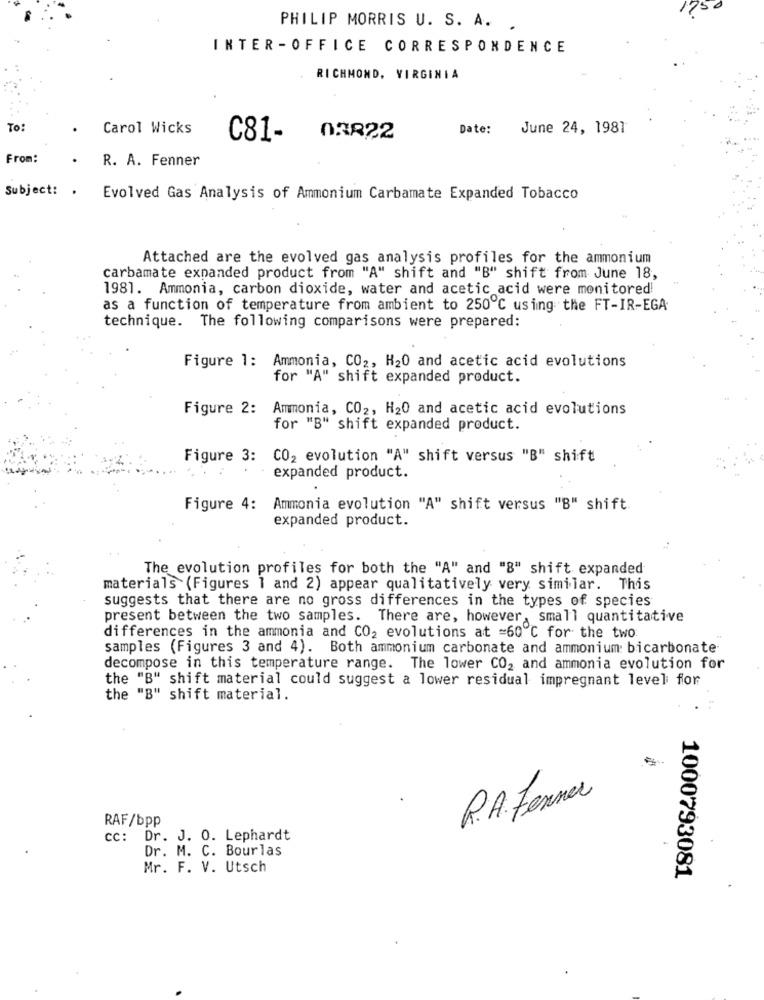
PHILIP MORRIS U. S. A. .
INTER -OFFICE CORRESPONDENCE
RICHMOND, VIRGINIA
To:
Carol Wicks
Date:
June 24, 1981
C81-
03822
From:
R. A. Fenner
Subject: .
Evolved Gas Analysis of Ammonium Carbamate Expanded Tobacco
Attached are the evolved gas analysis profiles for the ammonium
carbamate expanded product from "A" shift and "B" shift from June 18,
1981. Ammonia, carbon dioxide, water and acetic acid were monitored!
as a function of temperature from ambient to 250℃ using the FT-IR-EGA
technique. The following comparisons were prepared:
Figure 1: Ammonia, CO2, H20 and acetic acid evolutions
for "A" shift expanded product.
Figure 2:
Ammonia, CO2, H20 and acetic acid evolutions
for "B" shift expanded product.
Figure 3: CO2 evolution "A" shift versus "B" shift
expanded product.
Figure 4: Ammonia evolution "A" shift versus "B" shift
expanded product.
The evolution profiles for both the "A" and "8" shift expanded
materials (Figures 1 and 2) appear qualitatively very similar. This
suggests that there are no gross differences in the types of species
present between the two samples. There are, however, small quantitative
differences in the ammonia and CO2 evolutions at =60℃ for the two
samples (Figures 3 and 4). Both ammonium carbonate and ammonium: bicarbonate
decompose in this temperature range. The lower CO2 and ammonia evolution for
the "B" shift material could suggest a lower residual impregnant level for
the "B" shift material.
R.A. Ferner
RAF/bpp
CC: Dr. J. 0. Lephardt
Dr. M. C. Bourlas
Mr. F. V. Utsch
1000793081